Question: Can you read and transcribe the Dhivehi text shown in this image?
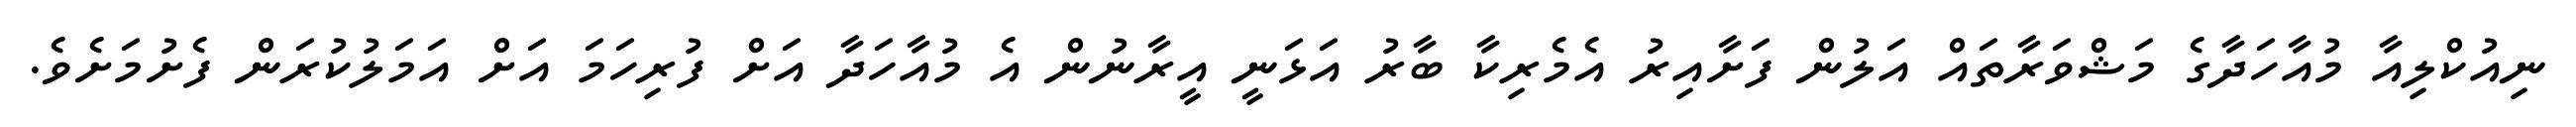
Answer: ނިއުކްލިއާ މުއާހަދާގެ މަޝްވަރާތައް އަލުން ފަށާއިރު އެމެރިކާ ބާރު އަޅަނީ އީރާނުން އެ މުއާހަދާ އަށް ފުރިހަމަ އަށް އަމަލުކުރަން ފެށުމަށެވެ.